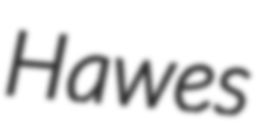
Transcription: Hawes